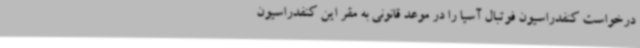
درخواست کنفدراسیون فوتبال آسیا را در موعد قانونی به مقر این کنفدراسیون